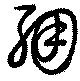
弸